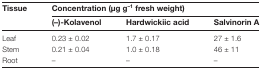
<table><thead><tr><td rowspan="2"><b>Tissue</b></td><td colspan="3"><b>Concentration (μg g<sup>–1</sup> fresh weight)</b></td></tr><tr><td><b>(–)-Kolavenol</b></td><td><b>Hardwickiic acid</b></td><td><b>Salvinorin A</b></td></tr></thead><tbody><tr><td>Leaf</td><td>0.23 ± 0.02</td><td>1.7 ± 0.17</td><td>27 ± 1.6</td></tr><tr><td>Stem</td><td>0.21 ± 0.04</td><td>1.0 ± 0.18</td><td>46 ± 11</td></tr><tr><td>Root</td><td>–</td><td>–</td><td>–</td></tr></tbody></table>